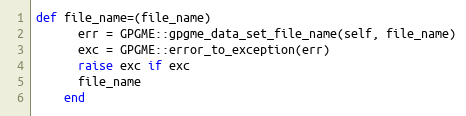
Language: Ruby
def file_name=(file_name)
      err = GPGME::gpgme_data_set_file_name(self, file_name)
      exc = GPGME::error_to_exception(err)
      raise exc if exc
      file_name
    end